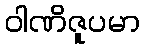
ဝါဏိဇူပမာ